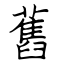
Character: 舊